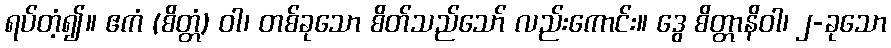
ရပ်တံ့၍။ ဧကံ (စိတ္တံ) ဝါ၊ တစ်ခုသော စိတ်သည်သော် လည်းကောင်း။ ဒွေ စိတ္တာနိဝါ၊ ၂-ခုသော